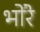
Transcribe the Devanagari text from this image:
भोंरे